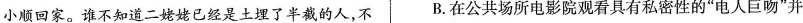
小顺回家。谁不知道二姥姥已经是土埋了半截的人，不 B.在公共场所电影院观看具有私密性的“电人巨吻”并